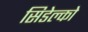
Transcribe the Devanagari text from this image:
सिडेल्को